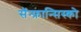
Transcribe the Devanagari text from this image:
सॅन्‍फ्रान्सिस्को